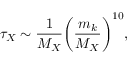
\tau _ { X } \sim \frac { 1 } { M _ { X } } { \left( \frac { m _ { k } } { M _ { X } } \right) } ^ { 1 0 } ,